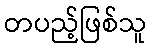
တပည့်ဖြစ်သူ